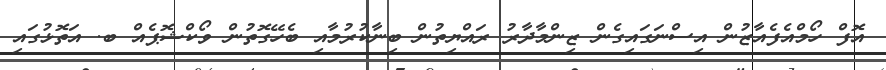
އޮފް ހޯމްއެފެއާޒުން އިސްނަގައިގެން ޒިންމާދާރު ރައްޔިތުން ބިނާކުރުމާއި ބެހޭގޮތުން ވޯކްޝޮޕެއް ބ. އަތޮޅުގައި